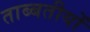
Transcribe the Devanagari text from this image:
ताब्बतीयों